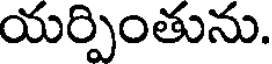
యర్పింతును.